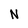
Character: N